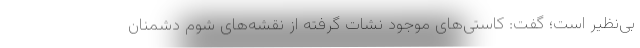
بی‌نظیر است؛ گفت: کاستی‌های موجود نشات گرفته از نقشه‌های شوم دشمنان